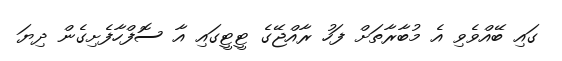
ގައި ބޭއްވެވި އެ މުބާރާތަށް ފަހު ރާއްޖޭގެ ޓީޓީގައި އާ ސޮފްހާފެށިގެން ދިޔަ